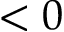
< 0